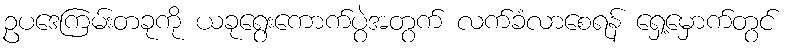
ဥပဒေကြမ်းတခုကို ယခုရွေးကောက်ပွဲအတွက် လက်ခံလာစေရန် ရှေ့မှောက်တွင်